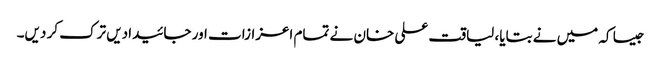
جیسا کہ میں نے بتایا، لیاقت علی خان نے تمام اعزازات اور جائیدادیں ترک کر دیں۔